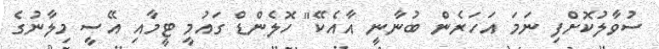
ސުވާލުކޮށްފި ނަމަ އަހަރެން ބުނާނީ އާއެކޭ" ހޮލެންޑް ގައުމީ ޓީމާއި އޭސީ މިލާނުގެ